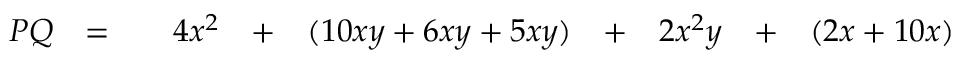
\begin{array} { r c c c r c r c r c r } { P Q } & { = } & { } & { 4 x ^ { 2 } } & { + } & { ( 1 0 x y + 6 x y + 5 x y ) } & { + } & { 2 x ^ { 2 } y } & { + } & { ( 2 x + 1 0 x ) } \end{array}